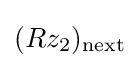
(Rz_{2})_{\text{next}}